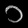
Digit: ၁